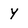
Character: Y